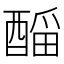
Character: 𲆴